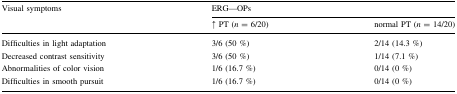
<table><thead><tr><td rowspan="2"><b>Visual symptoms</b></td><td colspan="2"><b>ERG—OPs</b></td></tr><tr><td><b>↑ PT (<i>n</i> = 6/20)</b></td><td><b>normal PT (<i>n</i> = 14/20)</b></td></tr></thead><tbody><tr><td>Difficulties in light adaptation</td><td>3/6 (50 %)</td><td>2/14 (14.3 %)</td></tr><tr><td>Decreased contrast sensitivity</td><td>3/6 (50 %)</td><td>1/14 (7.1 %)</td></tr><tr><td>Abnormalities of color vision</td><td>1/6 (16.7 %)</td><td>0/14 (0 %)</td></tr><tr><td>Difficulties in smooth pursuit</td><td>1/6 (16.7 %)</td><td>0/14 (0 %)</td></tr></tbody></table>